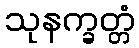
သုနက္ခတ္တံ